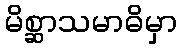
မိစ္ဆာသမာဓိမှာ